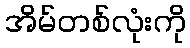
အိမ်တစ်လုံးကို